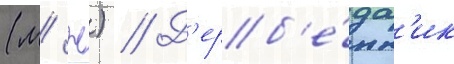
(м/ ж) // Д'ерб'е́нн'ик